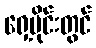
ရှေ့ပိုင်းတွင်